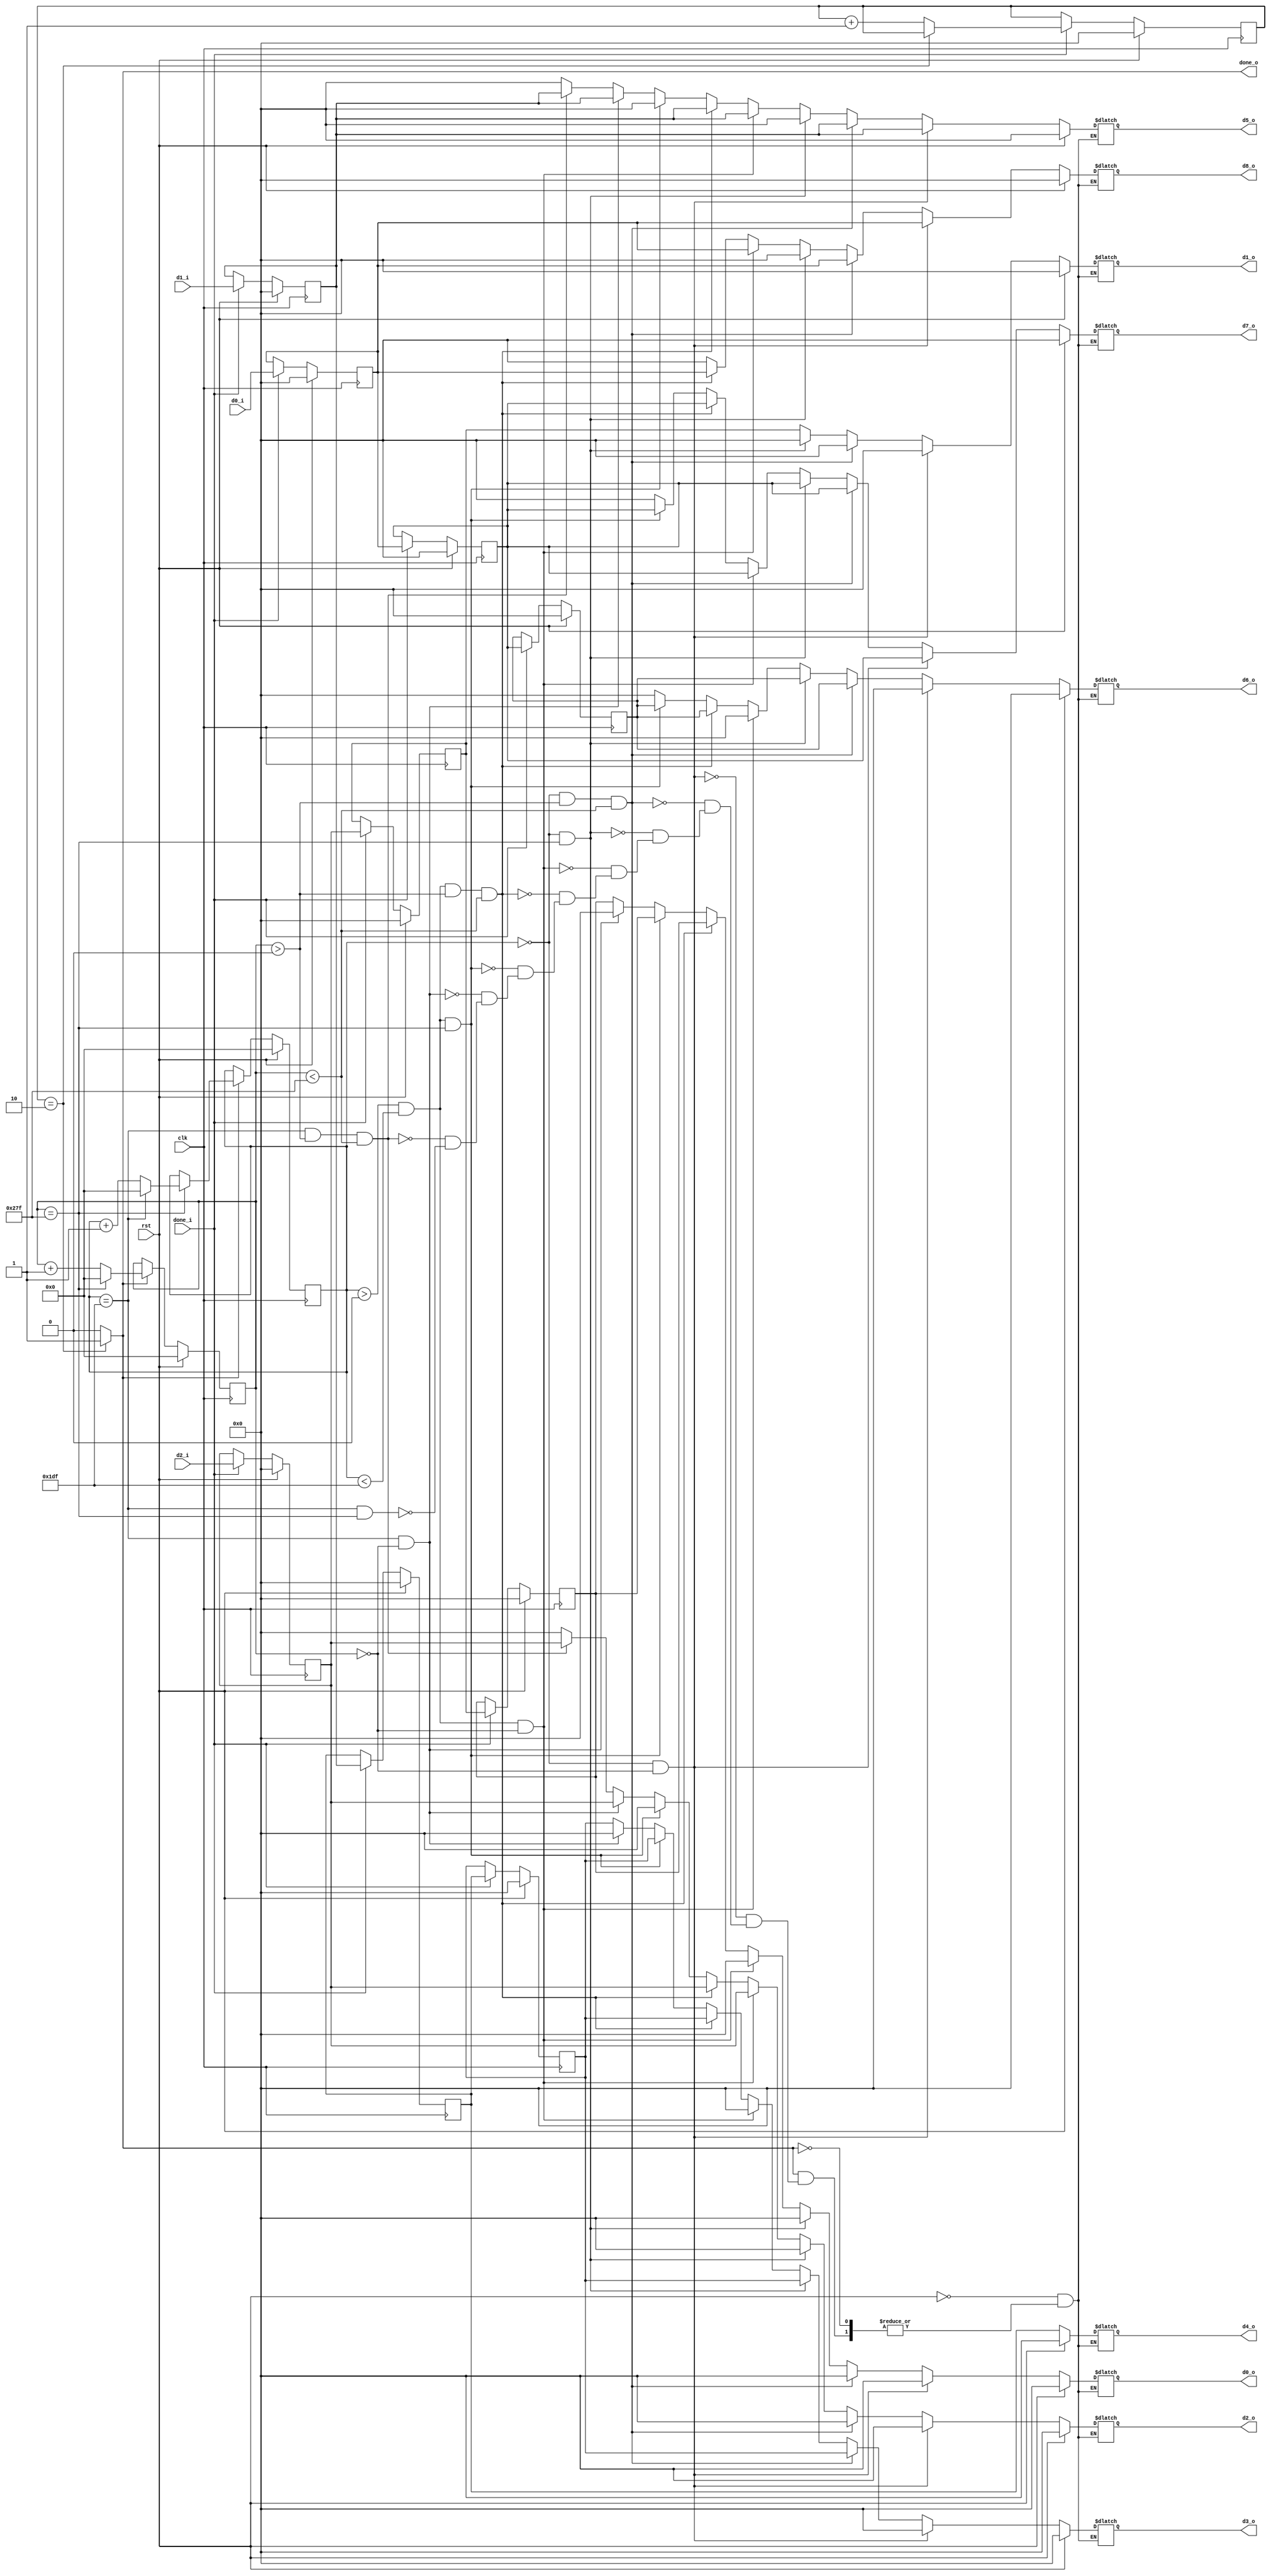
`timescale 1ns / 1ps
//////////////////////////////////////////////////////////////////////////////////
// Company: 
// Engineer: 
// 
// Design Name: 
// Module Name: sobel_data_modulate
// Project Name: 
// Target Devices: 
// Tool Versions: 
// Description: 
// 
// Dependencies: 
// 
// Revision:
// Revision 0.01 - File Created
// Additional Comments:
// 
//////////////////////////////////////////////////////////////////////////////////


module sobel_data_modulate(
    input clk,
    input rst,

    input [7 : 0] d0_i,
    input [7 : 0] d1_i,
    input [7 : 0] d2_i,

    input done_i,

    output reg [7 : 0] d0_o,
    output reg [7 : 0] d1_o,
    output reg [7 : 0] d2_o,
    output reg [7 : 0] d3_o,
    output reg [7 : 0] d4_o,
    output reg [7 : 0] d5_o,
    output reg [7 : 0] d6_o,
    output reg [7 : 0] d7_o,
    output reg [7 : 0] d8_o,

    output done_o

    );

localparam ROWS = 480;
localparam COLS = 640;
//localparam ROWS = 5;
//localparam COLS = 6;

reg [9 : 0] iRows, iCols;

reg [7 : 0] iCounter;
reg [7 : 0] data0, data1, data2, data3, data4, data5, data6, data7, data8;

assign done_o = (iCounter == 2) ? 1 : 0;

always @(posedge clk) begin
    if (rst) begin
        iRows <= 0;
        iCols <= 0;
    end else begin
        if(done_o == 1) begin
            iCols <= (iCols == COLS - 1) ? 0 : iCols + 1;
            if (iCols == COLS - 1) begin
                iRows <= (iRows == ROWS - 1) ? 0 : iRows + 1;
            end
        end
    end
end


always @(*) begin
    if (rst) begin
        d0_o <= 0;
        d1_o <= 0;
        d2_o <= 0;
        d3_o <= 0;
        d4_o <= 0;
        d5_o <= 0;
        d6_o <= 0;
        d7_o <= 0;
        d8_o <= 0;
    end else begin
        if (done_o == 1) begin
            if (iRows == 0 && iCols == 0) begin
                d0_o <= 0;
                d1_o <= 0;
                d2_o <= 0;
                d3_o <= 0;
                d4_o <= data4;
                d5_o <= data5;
                d6_o <= 0;
                d7_o <= data7;
                d8_o <= data8;
            end else if (iRows == 0 && iCols > 0 && iCols < COLS - 1) begin
                d0_o <= 0;
                d1_o <= 0;
                d2_o <= 0;
                d3_o <= data3;
                d4_o <= data4;
                d5_o <= data5;
                d6_o <= data6;
                d7_o <= data7;
                d8_o <= data8;  
            end else if (iRows == 0 && iCols == COLS - 1) begin
                d0_o <= 0;
                d1_o <= 0;
                d2_o <= 0;
                d3_o <= data3;
                d4_o <= data4;
                d5_o <= 0;
                d6_o <= data6;
                d7_o <= data7;
                d8_o <= 0;
            end else if (iRows > 0 && iRows < ROWS - 1 && iCols == 0) begin
                d0_o <= 0;
                d1_o <= data1;
                d2_o <= data2;
                d3_o <= 0;
                d4_o <= data4;
                d5_o <= data5;
                d6_o <= 0;
                d7_o <= data7;
                d8_o <= data8;
            end else if (iRows > 0 && iRows < ROWS - 1 && iCols > 0 && iCols < COLS - 1) begin
                d0_o <= data0;
                d1_o <= data1;
                d2_o <= data2;
                d3_o <= data3;
                d4_o <= data4;
                d5_o <= data5;
                d6_o <= data6;
                d7_o <= data7;
                d8_o <= data8;
            end else if (iRows > 0 && iRows < ROWS - 1 && iCols == COLS - 1) begin
                d0_o <= data0;
                d1_o <= data1;
                d2_o <= 0;
                d3_o <= data3;
                d4_o <= data4;
                d5_o <= 0;
                d6_o <= data6;
                d7_o <= data7;
                d8_o <= 0;
            end else if (iRows == ROWS - 1 && iCols == 0) begin
                d0_o <= 0;
                d1_o <= data1;
                d2_o <= data2;
                d3_o <= 0;
                d4_o <= data4;
                d5_o <= data5;
                d6_o <= 0;
                d7_o <= 0;
                d8_o <= 0;
            end else if (iRows == ROWS - 1 && iCols > 0 && iCols < COLS - 1) begin
                d0_o <= data0;
                d1_o <= data1;
                d2_o <= data2;
                d3_o <= data3;
                d4_o <= data4;
                d5_o <= data5;
                d6_o <= 0;
                d7_o <= 0;
                d8_o <= 0;
            end else if (iRows == ROWS - 1 && iCols == COLS - 1) begin
                d0_o <= data0;
                d1_o <= data1;
                d2_o <= 0;
                d3_o <= data3;
                d4_o <= data4;
                d5_o <= 0;
                d6_o <= 0;
                d7_o <= 0;
                d8_o <= 0;
            end
        end
    end
end


always @(posedge clk) begin
    if(rst) begin
        iCounter <= 0;
    end else begin
        if(done_i == 1) begin
            iCounter <= (iCounter == 2) ? iCounter : iCounter + 1;
        end
    end
end

always @(posedge clk) begin
    if (rst) begin
        data0 <= 0;
        data1 <= 0;
        data2 <= 0;
        data3 <= 0;
        data4 <= 0;
        data5 <= 0;
        data6 <= 0;
        data7 <= 0;
        data8 <= 0;
    end else begin
        if (done_i == 1) begin
            data0 <= data1;
            data1 <= data2;
            data2 <= d2_i;

            data3 <= data4;
            data4 <= data5;
            data5 <= d1_i;

            data6 <= data7;
            data7 <= data8;
            data8 <= d0_i;
        end
    end
end
endmodule